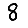
Digit: 8